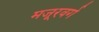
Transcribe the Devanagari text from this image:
मजूरवर्ग